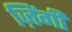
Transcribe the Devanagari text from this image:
ज़िंगी